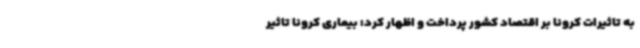
به تاثیرات کرونا بر اقتصاد کشور پرداخت و اظهار کرد: بیماری کرونا تاثیر